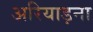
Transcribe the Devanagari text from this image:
अरियाड़ना